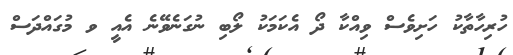
ހުރިހާތާކު ހަށިވެސް ވިއްކާ ދޯ އެކަމަކު ލޯބި ނުގަނެވޭނެ އެއީ ވ މުގައްދަސް